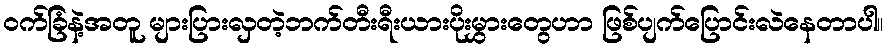
ဝက်ခြံနဲ့အတူ များပြားလှတဲ့ဘက်တီးရီးယားပိုးမွှားတွေဟာ ဖြစ်ပျက်ပြောင်းလဲနေတာပါ။